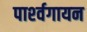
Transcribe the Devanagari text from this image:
पार्श्‍वगायन